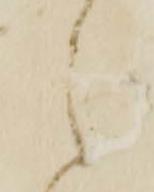
之